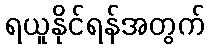
ရယူနိုင်ရန်အတွက်